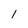
Character: 1